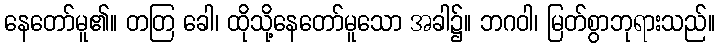
နေတော်မူ၏။ တတြ ခေါ၊ ထိုသို့နေတော်မူသော အခါ၌။ ဘဂဝါ၊ မြတ်စွာဘုရားသည်။